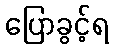
ပြောခွင့်ရ